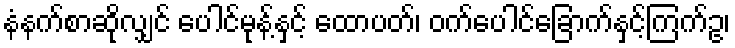
နံနက်စာဆိုလျှင် ပေါင်မုန့်နှင့် ထောပတ်၊ ဝက်ပေါင်ခြောက်နှင့်ကြက်ဥ၊